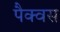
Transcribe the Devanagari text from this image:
पैक्वस